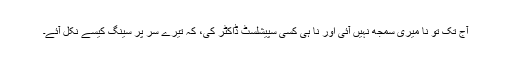
آج تک تو نا میری سمجھ نہیں آئی اور نا ہی کسی سپیشلسٹ ڈاکٹر کی، کہ تیرے سر پر سینگ کیسے نکل آئے۔